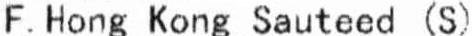
F. HONG KONG SAUTEED (S)